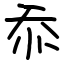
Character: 忝